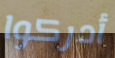
أدركوا